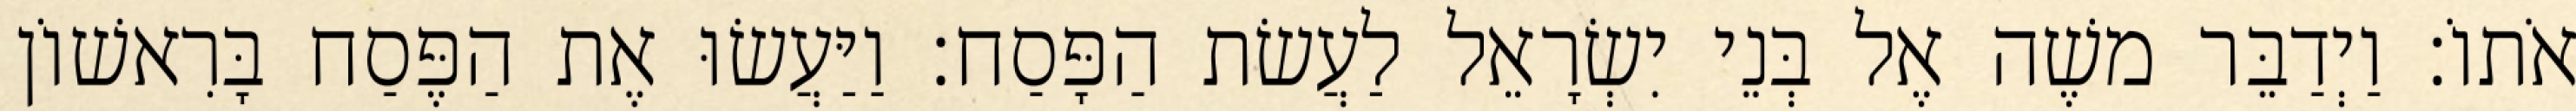
אֹתוֹ׃ וַיְדַבֵּר משֶׁה אֶל בְּנֵי יִשְׂרָאֵל לַעֲשׂת הַפָּסַח׃ וַיַּעֲשׂוּ אֶת הַפֶּסַח בָּרִאשׁוֹן